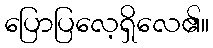
ပြောပြလေ့ရှိလေ၏။